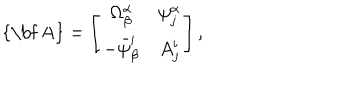
\mathrm { { \bf ~ A } } = \left[ \begin{array} { c c } { { \Omega _ { \beta } ^ { \alpha } } } & { { \psi _ { j } ^ { \alpha } } } \\ { { - \bar { \psi } _ { \beta } ^ { i } } } & { { A _ { j } ^ { i } } } \\ \end{array} \right] ,